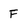
Character: F